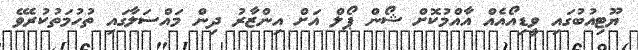
ޔޫޓިއުބުގައި ވީޑިއޯއެއް އާއްމުކޮށް ޝޯން ޕޯލް އަށް އިންޒާރު ދިން މައްސަލާގައި ތުހުމަތުކުރެވޭ